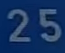
25